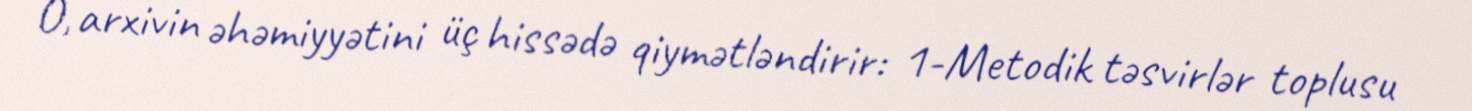
O, arxivin əhəmiyyətini üç hissədə qiymətləndirir: 1-Metodik təsvirlər toplusu